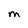
Character: m